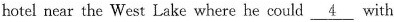
hote! near the West Lake where he could \underline{4} with